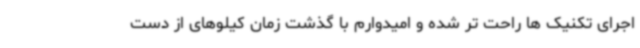
اجرای تکنیک ها راحت تر شده و امیدوارم با گذشت زمان کیلوهای از دست